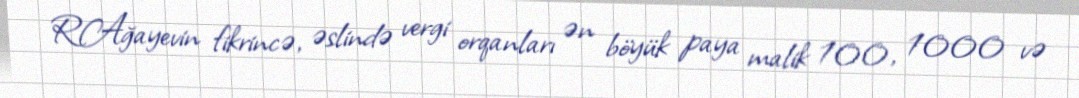
R.Ağayevin fikrincə, əslində vergi orqanları ən böyük paya malik 100, 1000 və